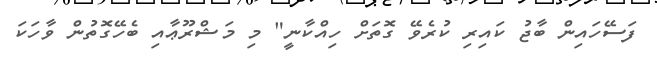
ފަސޭހައިން ބާޖު ކައިރި ކުރެވޭ ގޮތަށް ހިއްކާނީ" މި މަޝްރޫޢާއި ބެހޭގޮތުން ވާހަކަ